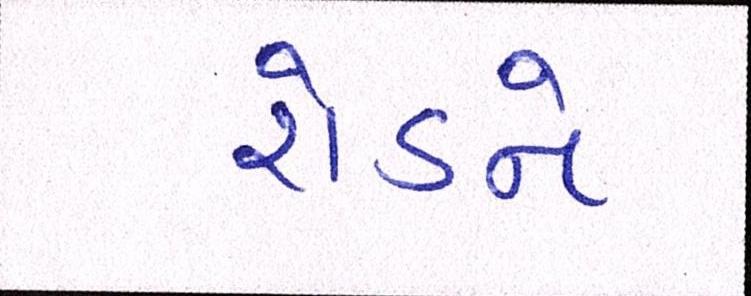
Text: રોડને